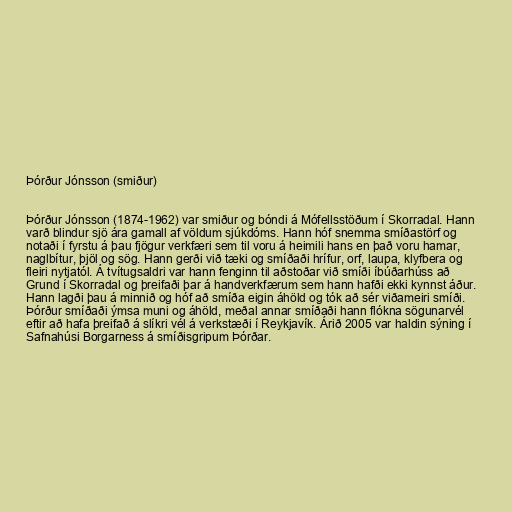
Þórður Jónsson (smiður)

Þórður Jónsson (1874-1962) var smiður og bóndi á Mófellsstöðum í Skorradal. Hann
varð blindur sjö ára gamall af völdum sjúkdóms. Hann hóf snemma smíðastörf og
notaði í fyrstu á þau fjögur verkfæri sem til voru á heimili hans en það voru hamar,
naglbítur, þjöl og sög. Hann gerði við tæki og smíðaði hrífur, orf, laupa, klyfbera og
fleiri nytjatól. Á tvítugsaldri var hann fenginn til aðstoðar við smíði íbúðarhúss að
Grund í Skorradal og þreifaði þar á handverkfærum sem hann hafði ekki kynnst áður.
Hann lagði þau á minnið og hóf að smíða eigin áhöld og tók að sér viðameiri smíði.
Þórður smíðaði ýmsa muni og áhöld, meðal annar smíðaði hann flókna sögunarvél
eftir að hafa þreifað á slíkri vél á verkstæði í Reykjavík. Árið 2005 var haldin sýning í
Safnahúsi Borgarness á smíðisgripum Þórðar.